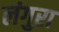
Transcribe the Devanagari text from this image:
लंगुरा